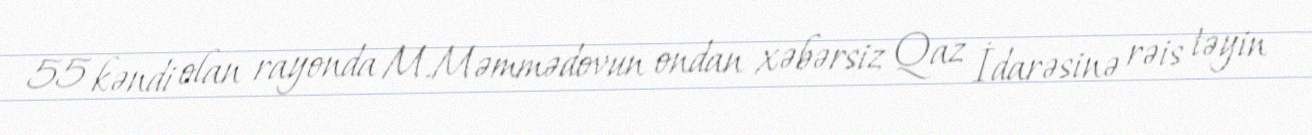
55 kəndi olan rayonda M.Məmmədovun ondan xəbərsiz Qaz İdarəsinə rəis təyin